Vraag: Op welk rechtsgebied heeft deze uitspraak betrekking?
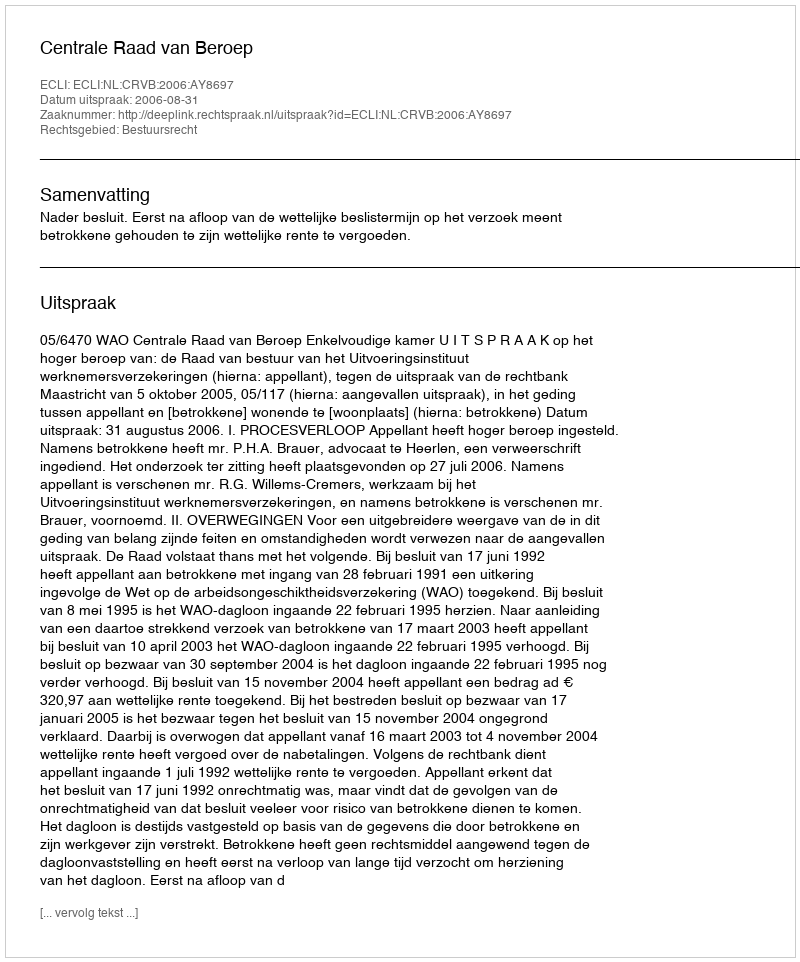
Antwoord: Bestuursrecht